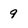
Character: 9